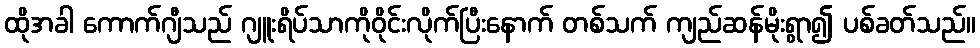
ထိုအခါ ကောက်ဂျီသည် ဂျူးရိပ်သာကိုဝိုင်းလိုက်ပြီးနောက် တစ်သက် ကျည်ဆန်မိုးရွာ၍ ပစ်ခတ်သည်။